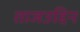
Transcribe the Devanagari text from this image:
ताजउद्दिन